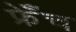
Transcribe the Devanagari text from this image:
फ्रेँच